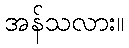
အန်သလား။